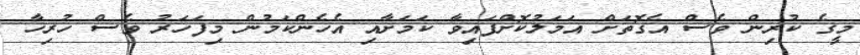
މީގެ ކުރިން ވެސް އެގޮތަށް އަމަލުކޮށްފައިވާ ކަމަށާއި އެހެންކަމުން މިފަހަރު ވެސް ހުރިހާ